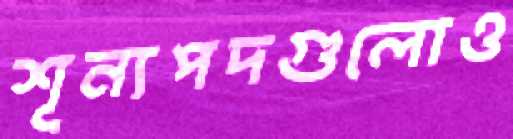
শূন্যপদগুলোও